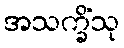
အသက္ခိံသု